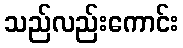
သည်လည်းကောင်း